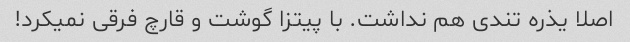
اصلا یذره تندی هم نداشت. با پیتزا گوشت و قارچ فرقی نمیکرد!